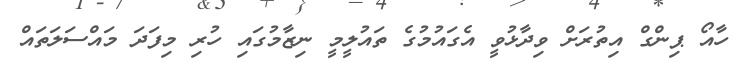
ހާއޯ ޕިންގް އިތުރަށް ވިދާޅުވީ އެގައުމުގެ ތައުލީމީ ނިޒާމުގައި ހުރި މިފަދަ މައްސަލަތައް